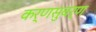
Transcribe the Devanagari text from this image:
कर्णसुबर्ण